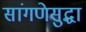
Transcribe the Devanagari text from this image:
सांगणेसुद्धा